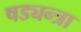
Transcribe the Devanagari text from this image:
षड्यन्त्रा